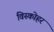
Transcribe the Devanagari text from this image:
विस्कोहर